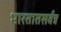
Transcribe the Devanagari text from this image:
भारतातसर्वत्र